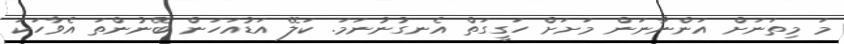
މަ މިތަނަށް އަންނާނަން މަށަށް ހަގީގަތް އެނގުނުނަމަ. ކަލޭ އަޑުއަހަން ބޭނުންތަ އެވާހަކަ